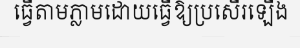
ធ្វើតាមភ្លាមដោយធ្វើឱ្យប្រសើរឡើង